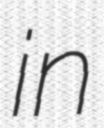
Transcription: in